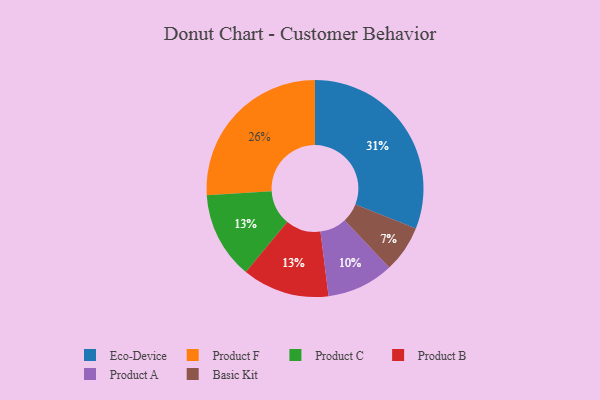
{"axis": {"x": "Category", "y": "Percentage"}, "legend": ["Basic Kit", "Eco-Device", "Product A", "Product B", "Product C", "Product F"], "data": [{"x": "Basic Kit", "y": 7, "type": "Basic Kit"}, {"x": "Eco-Device", "y": 31, "type": "Eco-Device"}, {"x": "Product C", "y": 13, "type": "Product C"}, {"x": "Product A", "y": 10, "type": "Product A"}, {"x": "Product F", "y": 26, "type": "Product F"}, {"x": "Product B", "y": 13, "type": "Product B"}]}